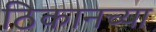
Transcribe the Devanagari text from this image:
ठिकानच्या